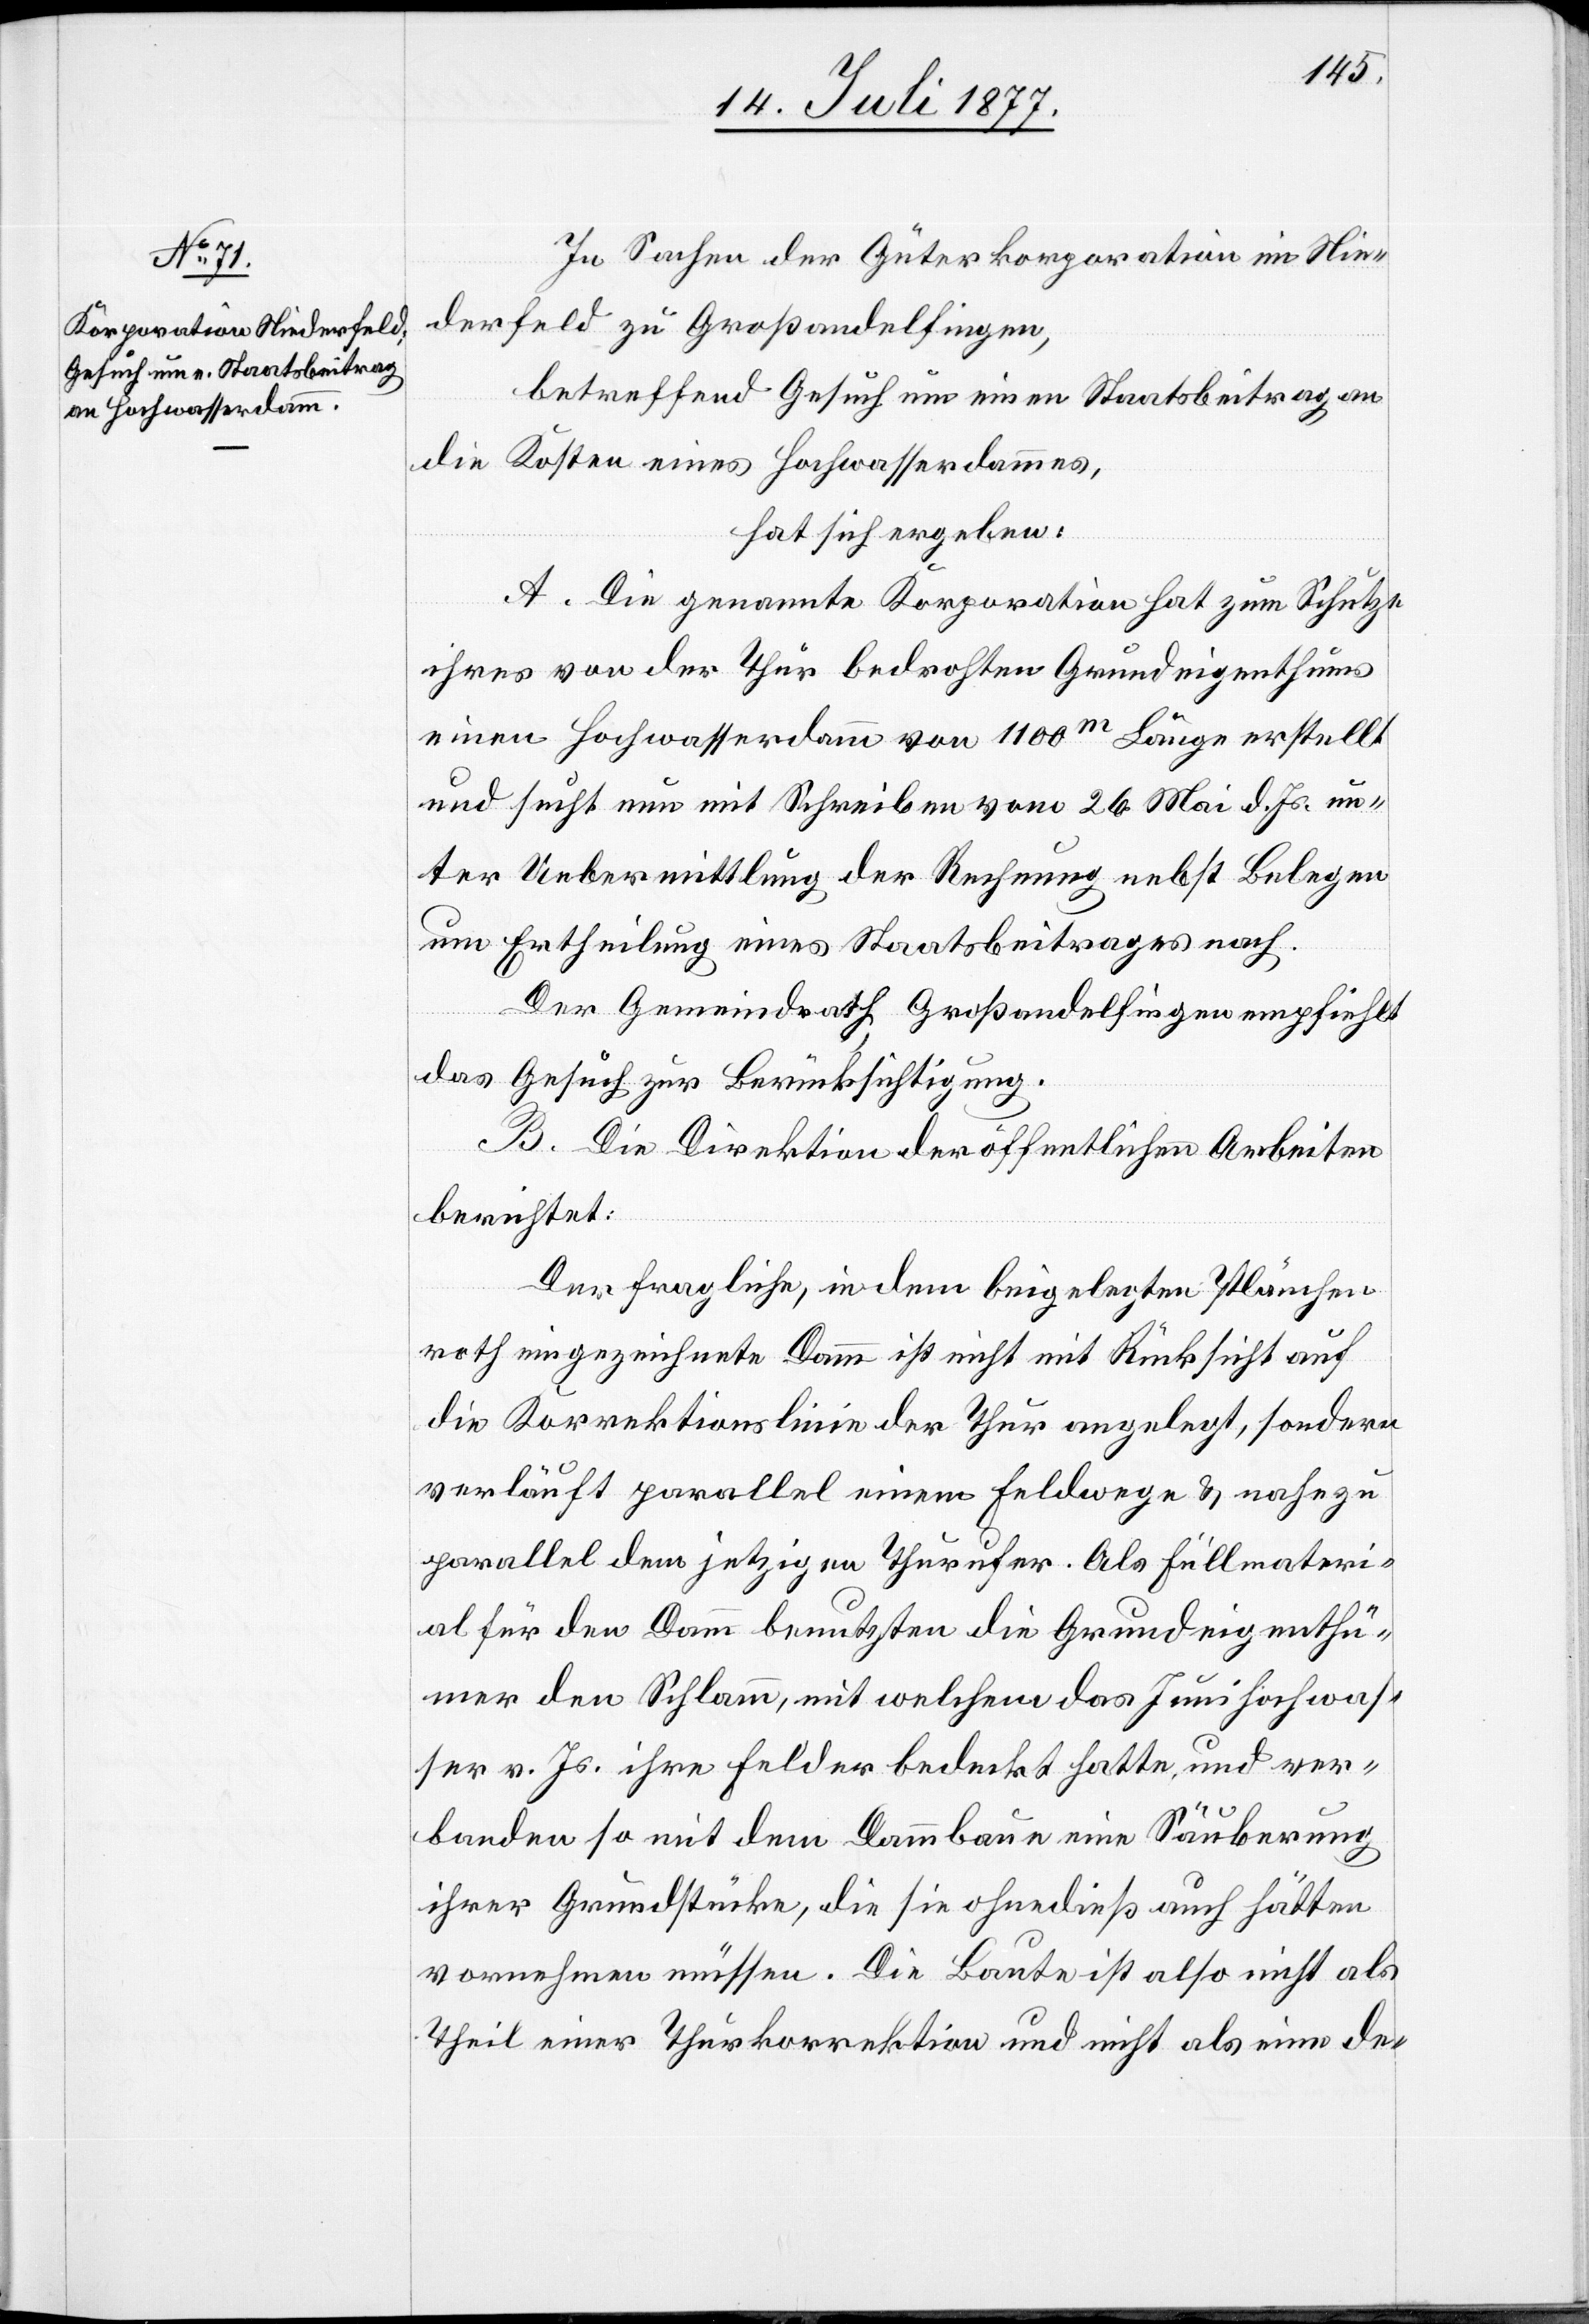
In Sachen der Güterkorporation im Nie¬
derfeld zu Großandelfingen,
betreffend Gesuch um einen Staatsbeitrag an
die Kosten eines Hochwasserdammes,
hat sich ergeben:
A. Die genannte Korporation hat zum Schutze
ihres von der Thur bedrohten Grundeigenthums
einen Hochwasserdamm von 1100m Länge erstellt
und sucht nun mit Schreiben vom 26. Mai d. Js. un¬
ter Uebermittlung der Rechnung nebst Belegen
um Ertheilung eines Staatsbeitrages nach.
Der Gemeindrath Großandelfingen empfiehlt
das Gesuch zur Berücksichtigung.
B. Die Direktion der öffentlichen Arbeiten
berichtet:
Der fragliche, in dem beigelegten Plänchen
roth eingezeichnete Damm ist nicht mit Rücksicht auf
die Korrektionslinie der Thur angelegt, sondern
verläuft parallel einem Feldwege & nahezu
parallel dem jetzigen Thurufer. Als Füllmateri¬
al für den Damm benutzten die Grundeigenthü¬
mer den Schlamm, mit welchem das Junihochwas¬
ser v. Js. ihre Felder bedeckt hatte, und ver¬
banden so mit dem Dammbaue eine Säuberung
ihrer Grundstücke, die sie ohnedieß auch hätten
vornehmen müssen. Die Baute ist also nicht als
Theil einer Thurkorrektion und nicht als eine de-